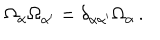
\Omega _ { \alpha } \Omega _ { \alpha ^ { \prime } } = \delta _ { \alpha \alpha ^ { \prime } } \Omega _ { \alpha } \, .